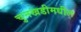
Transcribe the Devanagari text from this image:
चुनखडीमधील